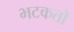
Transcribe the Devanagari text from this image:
भटकतो